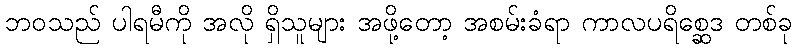
ဘဝသည် ပါရမီကို အလို ရှိသူများ အဖို့တော့ အစမ်းခံရာ ကာလပရိစ္ဆေဒ တစ်ခု